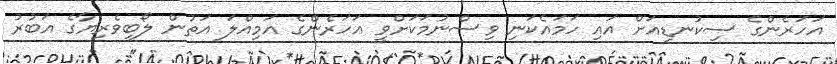
އަހަރެންގެ ސިކުނޑިއަށް އައި ހަމައެކަނި ވިސްނުމަކަށްވީ އަހަރެންގެ އަމިއްލަ އަތުން ލޯބިވެރިޔާގެ އަބުރު